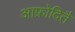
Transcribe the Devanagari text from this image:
आफ्रोदितै